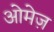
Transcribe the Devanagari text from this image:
ओमेज़